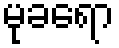
မုခရော